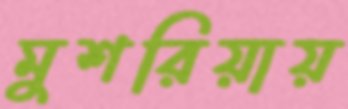
মুশরিয়ায়